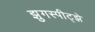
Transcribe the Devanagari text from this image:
झुगस्पीट्झे